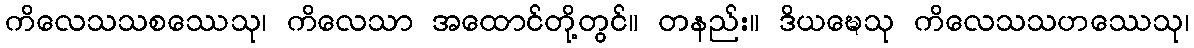
ကိလေသသစဿေသု၊ ကိလေသာ အထောင်တို့တွင်။ တနည်း။ ဒိယဍ္ဎေသု ကိလေသသဟဿေသု၊